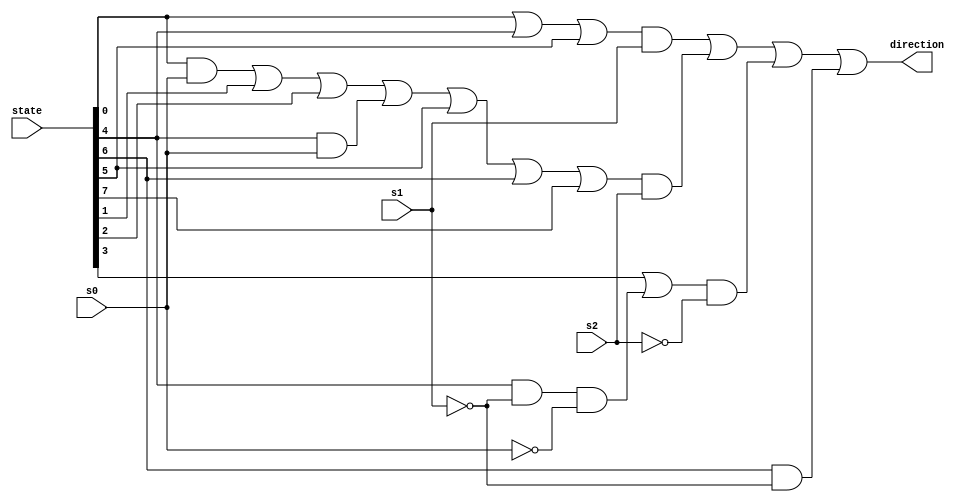
`default_nettype none
module direction_PROJECT_ID(
    input [7:0] state,
    input s2,
    input s1,
    input s0,
    // 0 = left, 1 = right
    output direction
);

wire a,b,c,d,e,f,g,h;

assign a = state[0];
assign b = state[1];
assign c = state[2];
assign d = state[3];
assign e = state[4];
assign f = state[5];
assign g = state[6];
assign h = state[7];

assign direction = ((a | e | f) & s1)
                 | (((a & s0) | b | c | (e & s0) | f | g | h) & s2)
                 | ((d | (e & (~s1) & (~s0))) & (~s2))
                 | (g & (~s1));
endmodule